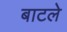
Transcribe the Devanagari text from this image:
बाटले